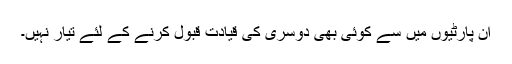
ان پارٹیوں میں سے کوئی بھی دوسری کی قیادت قبول کرنے کے لئے تیار نہیں۔